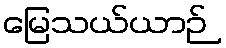
မြေသယ်ယာဉ်